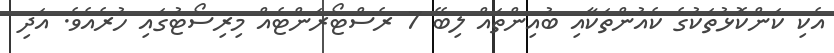
އެކި ކަންކޮޅުތަކުގެ ކެއުންތަކާއި ބުއިންތައް ލިބޭ 7 ރެސްޓޯރަންޓެއް މިރިސޯޓުގައި ހުރެއެވެ. އަދި